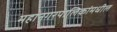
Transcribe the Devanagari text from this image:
महानगरपालिकांमधील